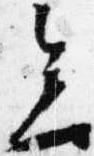
会